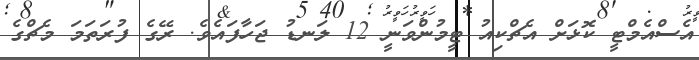
އެސްއެމްޓީ ކޮޅަށް އެޗްކިއު ޓީމުންވަނީ 12 ލަނޑު ޖަހާފައެވެ. ރޭގެ ފުރަތަމަ މެޗްގެ